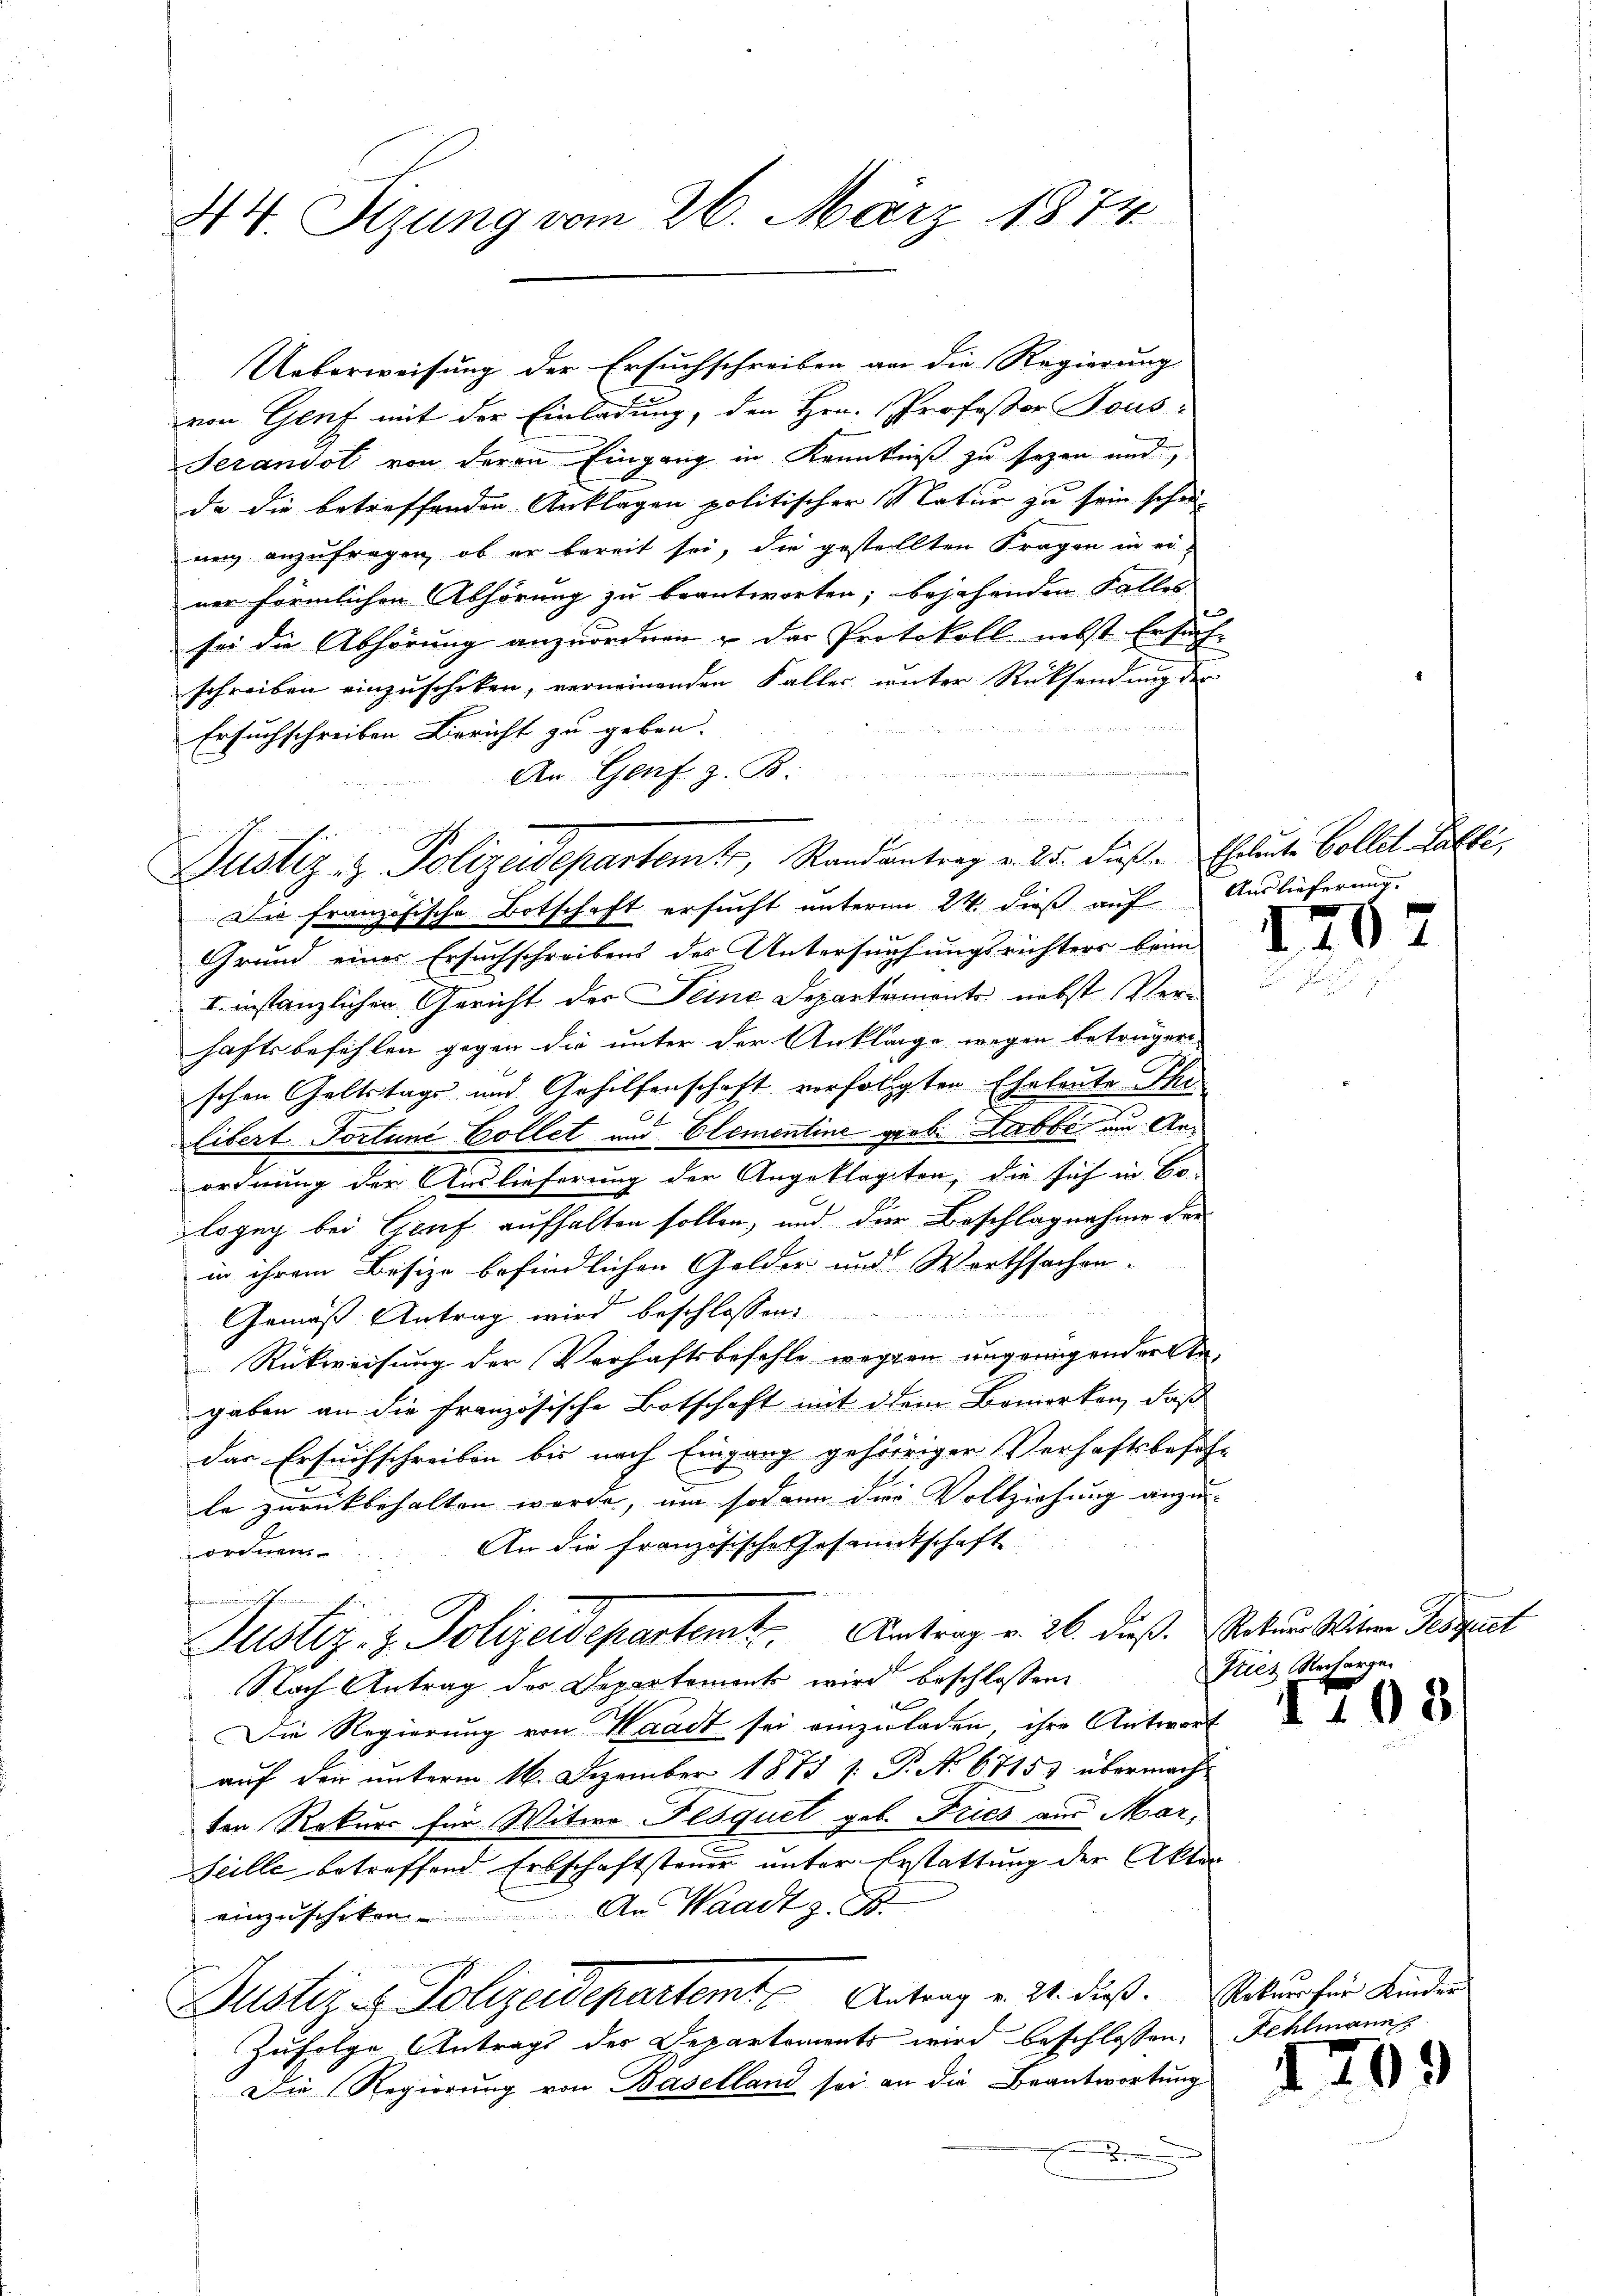
44. Sizung vom 26. März 1874

Justiz- & Polizeidepartemt, Randantrag v. 25. diese Eheleute Collet alle,

Ueberweisung der Ersuchschreiben an die Regierung
von Genf mit der Einladung, den Hrn. Professor Fous-
Serandot von deren Eingang in Kenntniß zu sezen und
da die betreffenden Anklagen politischer Natur zu sein schrei-
ung anzufragen, ob er bereit sei, die gestellten Fragen in er-
ner förmlichen Abhörung zu beantworten; bejahenden Falles
sei die Abhörung anzuordnen u das Protokoll nebst Ersuch
schreiben einzŭschiken, verneinenden Faller unter Rücksendung der
Ersuchschreiben Bericht zu geben. |
An Genf z. B.
1
Die französische Botschaft ersucht unterm 24. dieß auf
ff
Grund einer Ersuchschreibens des Untersuchungsrichters beim
I. instanzlichen Gericht der Seine Departemente nebst Verhaftsbefehlen gegen die unter der Anklage wegen beträgen
schen Geltstags und Gehilfenschaft verfolgten Eheleute The
Eibert Tortune Collet und Elementine grob. Labbe um Anordnung der Auslieferung der Angeklagten, die sich in Co
logug bei Genf aufhalten sollen, und die Beschlagnahme der
in ihrem Besize befindlichen Golder und Werthsachen-
Gemäß Antrag wird beschlossen:
Rückweisung der Verhaftsbefehle wegen ungenügender Angaben an die französische Botschaft mit dem Bemerken, daß
das Ersuchschreiben bis nach Eingang gehöriger Verhaftsbefeh-
le zurückbehalten werde, um sodann die Vollziehung anzu-
An die Französische Gesammtschaft
ordnen.
n der und einer sicht in in
Justiz- & Polizeidepartemt. Antrag v. 26. dieß. Natur Witwe Jeszeit
Nach Antrag des Departement wird beschlossen:
Die Regierung von Waadt sei einzuladen, ihre Antwort
auf den unterm 16. Dezember 1873 [ P. No 67153 übermach
ten Rekurs für Witwe Fesquet geb. Fries aus Mar¬
Scille betreffend Erbschaftsteuer unter Erstattung der Akten
einzuschiken. An Waadt z. B.
Justiz & Polizeidepartamt Antrag v. 24. dieß. Sekung für Kinder
Zufolge Antrags des Departements wird beschlossen:
Die Regierung von Baselland sei an die Beantwortung

m

Auslieferung.

Tries Recharge.

1

Fehlmann

1)

.

7